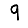
Digit: 9